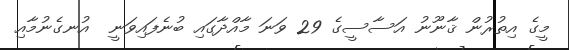
މީގެ އިތުރުން ޤާނޫނު އަސާސީގެ 29 ވަނަ މާއްދާގައި ބުނެފައިވަނީ  އުނގެނުމާއި